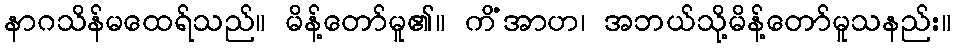
နာဂသိန်မထေရ်သည်။ မိန့်တော်မူ၏။ ကိံအာဟ၊ အဘယ်သို့မိန့်တော်မူသနည်း။